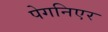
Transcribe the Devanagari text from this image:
पेगनिएर